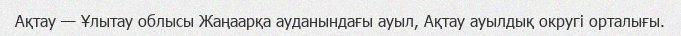
Ақтау — Ұлытау облысы Жаңаарқа ауданындағы ауыл, Ақтау ауылдық округі орталығы.